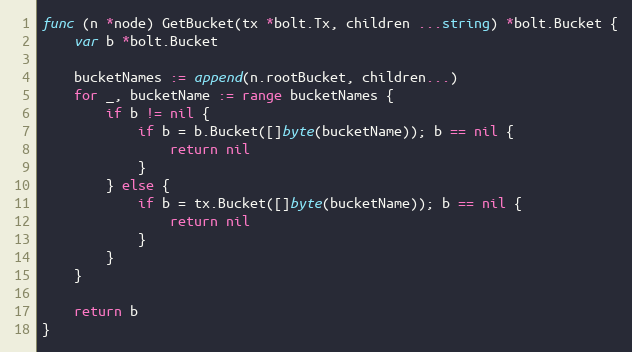
Language: Go
func (n *node) GetBucket(tx *bolt.Tx, children ...string) *bolt.Bucket {
	var b *bolt.Bucket

	bucketNames := append(n.rootBucket, children...)
	for _, bucketName := range bucketNames {
		if b != nil {
			if b = b.Bucket([]byte(bucketName)); b == nil {
				return nil
			}
		} else {
			if b = tx.Bucket([]byte(bucketName)); b == nil {
				return nil
			}
		}
	}

	return b
}